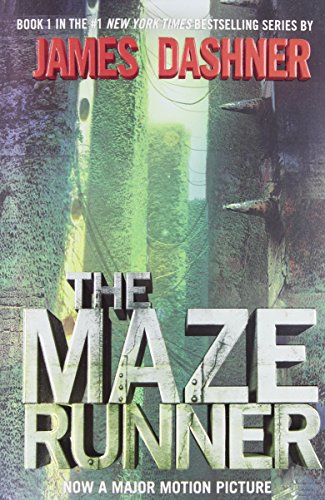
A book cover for The Maze Runner (Book 1); James Dashner; Teen & Young Adult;